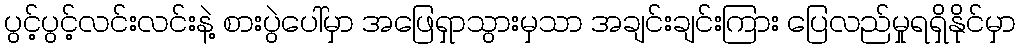
ပွင့်ပွင့်လင်းလင်းနဲ့ စားပွဲပေါ်မှာ အဖြေရှာသွားမှသာ အချင်းချင်းကြား ပြေလည်မှုရရှိနိုင်မှာ